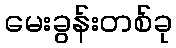
မေးခွန်းတစ်ခု